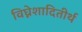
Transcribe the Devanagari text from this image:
विघ्नेशादितीर्थ